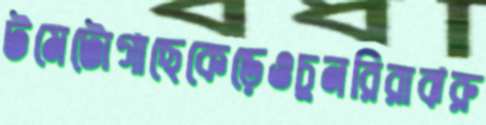
টমেটোগাছেকেড়েওচুনরিরাঝরু